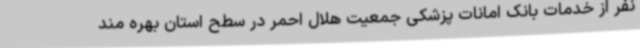
نفر از خدمات بانک امانات پزشکی جمعیت هلال احمر در سطح استان بهره مند